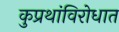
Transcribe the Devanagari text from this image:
कुप्रथांविरोधात